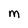
Character: M